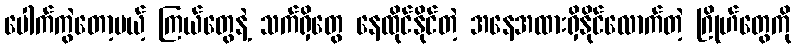
ပေါက်ကွဲတော့မယ့် ကြယ်တွေနဲ့ သက်ရှိတွေ နေထိုင်နိုင်တဲ့ အနေအထားရှိနိုင်လောက်တဲ့ ဂြိုဟ်တွေကို